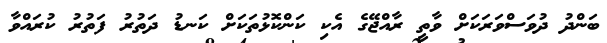
ބަންދު ދުވަސްވަރަކަށް ވާތީ ރާއްޖޭގެ އެކި ކަންކޮޅުތަކަށް ކަނޑު ދަތުރު ފަތުރު ކުރައްވާ